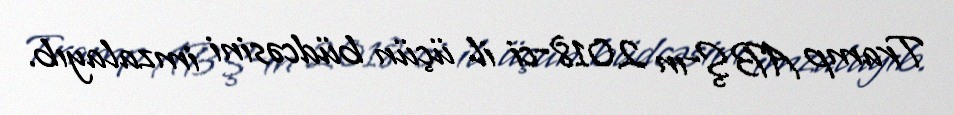
Tramp ABŞ-ın 2018-ci il üçün büdcəsini imzalayıb.